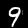
Digit: 9